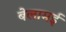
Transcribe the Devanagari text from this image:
बेलामई